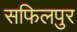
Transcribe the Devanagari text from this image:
सफिलपुर